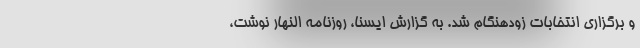
و برگزاری انتخابات زودهنگام شد. به گزارش ایسنا، روزنامه النهار نوشت،